Vaccination in the Punjab 1919-1929 - 1919-1929
Year: 1919
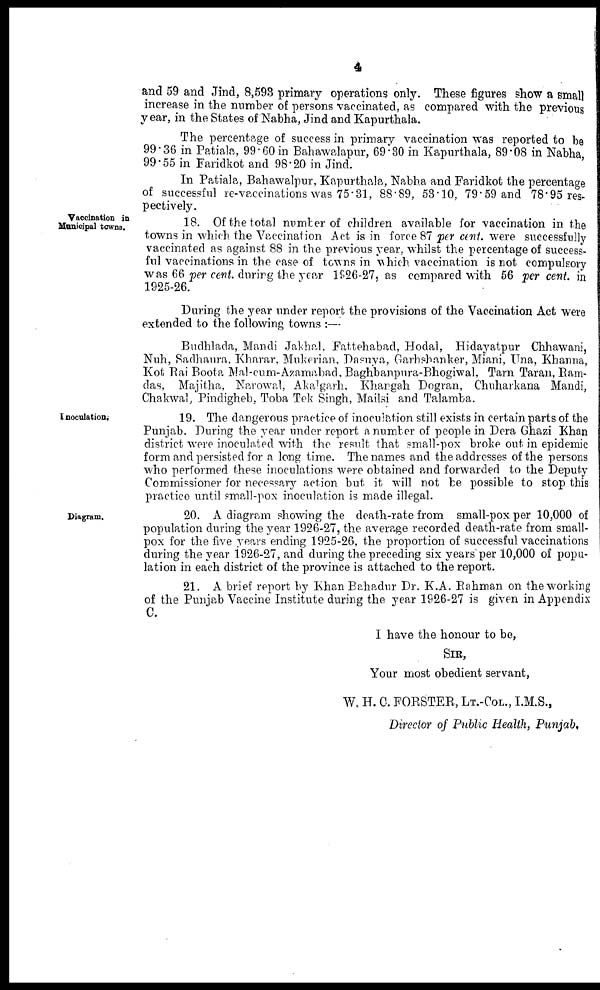
4
and 59 and Jind, 8,593 primary operations only. These figures show a small
increase in the number of persons vaccinated, as compared with the previous
year, in the States of Nabha, Jind and Kapurthala.
The percentage of success in primary vaccination was reported to be
99.36 in Patiala, 99.60 in Bahawalapur, 69.30 in Kapurthala, 89.08 in Nabha
99.55 in Faridkot and 98.20 in Jind.
In Patiala, Bahawalpur, Kapurthala, Nabha and Faridkot the percentage
of successful re-vaccinations was 75.31, 88.89, 53.10, 79.59 and 78.95 res-
pectively.
Vaccination in
Municipal towns.
18. Of the total number of children available for vaccination in the
towns in which the Vaccination Act is in force 87 per cent. were successfully
vaccinated as against 88 in the previous year, whilst the percentage of success-
ful vaccinations in the case of towns in which vaccination is not compulsory
was 66 per cent during the year 1926-27, as compared with 56 per cent. in
1925-26.
During the year under report the provisions of the Vaccination Act were
extended to the following towns :—
Budhlada, Mandi Jakhal, Fattehabad, Hodal, Hidayatpur Chhawani,
Nuh, Sadhaura, Kharar, Mukerian, Dasuya, Garhshanker, Miani, Una, Khanna,
Kot Rai Boota Mal-cum-Azamabad, Baghbanpura-Bhogiwal, Tarn Taran, Ram-
-as, Majitha, Narowal, Akalgarh, Khangah Dogran, Chuharkana Mandi,
Chakwal, Pindigheb, Toba Tek Singh, Mailsi and Talamba.
Inoculation.
19. The dangerous practice of inoculation still exists in certain parts of the
Punjab. During the year under report a number of people in Dera Ghazi Khan
district were inoculated with the result that small-pox broke out in epidemic
form and persisted for a long time. The names and the addresses of the persons
who performed these inoculations were obtained and forwarded to the Deputy
Commissioner for necessary action but it will not be possible to stop this
practice until small-pox inoculation is made illegal.
Diagram.
20. A diagram showing the death-rate from small-pox per 10,000 of
population during the year 1926-27, the average recorded death-rate from small-
pox for the five years ending 1925-26, the proportion of successful vaccinations
during the year 1926-27, and during the preceding six years per 10,000 of popu-
lation in each district of the province is attached to the report.
21. A brief report by Khan Bahadur Dr. K.A. Rahman on the working
of the Punjab Vaccine Institute during the year 1926-27 is given in Appendix
C.
I have the honour to be,
SIR,
Your most obedient servant,
W. H. C. FORSTER, LT.-COL., I.M.S.,
Director of Public Health, Punjab.